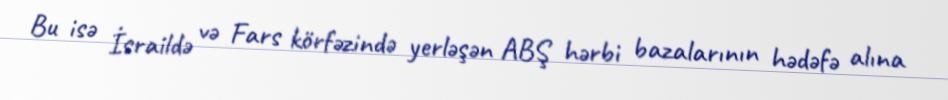
Bu isə İsraildə və Fars körfəzində yerləşən ABŞ hərbi bazalarının hədəfə alına